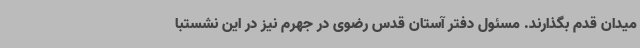
میدان قدم بگذارند. مسئول دفتر آستان قدس رضوی در جهرم نیز در این نشستبا